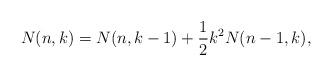
LaTeX: \begin{align*} N(n,k)= N(n,k-1)+\frac{1}{2}k^2 N(n-1,k),\end{align*}